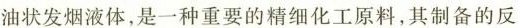
油状发烟液体，是一种重要的精细化工原料，其制备的反